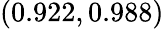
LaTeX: (0.922,0.988)